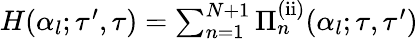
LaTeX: \begin{array}{r}{H(\alpha_{l};\tau^{\prime},\tau)=\sum_{n=1}^{N+1}{\Pi}_{n}^{\mathrm{(ii)}}(\alpha_{l};\tau,\tau^{\prime})}\end{array}